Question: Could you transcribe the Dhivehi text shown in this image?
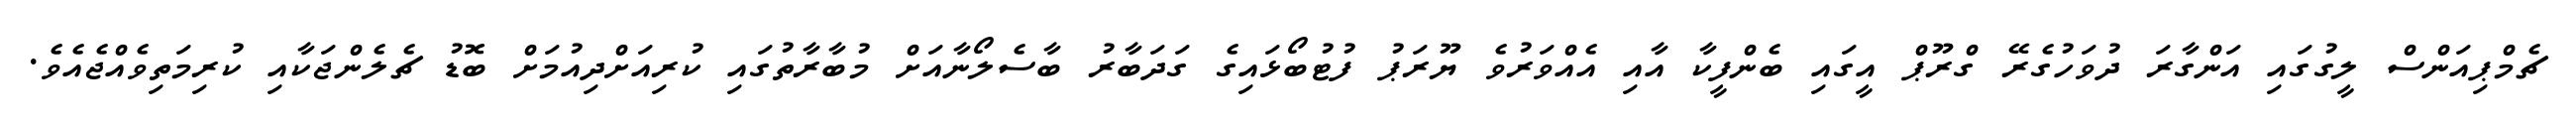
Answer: ޗެމްޕިއަންސް ލީގުގައި އަންގާރަ ދުވަހުގެރޭ ގްރޫޕް އީގައި ބެންފީކާ އާއި އެއްވަރުވެ ޔޫރަޕު ފުޓުބޯޅައިގެ ގަދަބާރު ބާސެލޯނާއަށް މުބާރާތުގައި ކުރިއަށްދިއުމަށް ބޮޑު ޗެލެންޖަކާއި ކުރިމަތިވެއްޖެއެވެ.